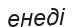
енеді